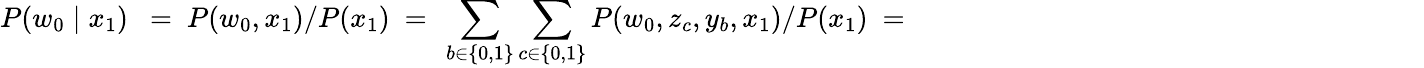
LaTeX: P(w_{0}\mid x_{1})~{~=~P(w_{0},x_{1})/P(x_{1})\ =~\sum_{b\in\{ 0,1\} }\sum_{c\in\{ 0,1\} }P(w_{0},z_{c},y_{b},x_{1})/P(x_{1})\ =~\phantom{\sum_{b\in\{ 0,1\} }\sum_{c\in\{ 0,1\} }P(w_{0}\mid z_{c})P(z_{c}\mid y_{b})P(y_{b}\mid x_{1})}}